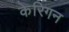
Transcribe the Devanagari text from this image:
केरिगन